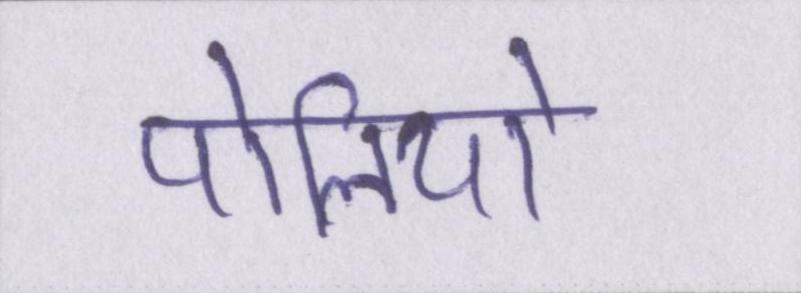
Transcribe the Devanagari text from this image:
पोलियो